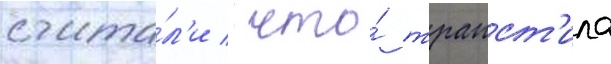
счита́л'и / что́ трапст'ила